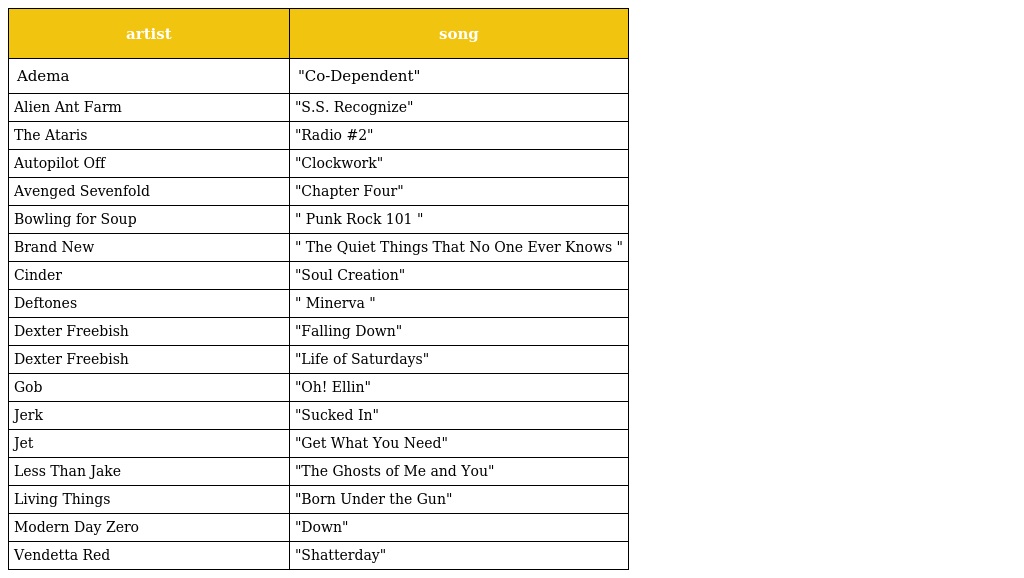
| artist | song |
 | --- | --- |
 | Adema | "Co-Dependent" |
 | Alien Ant Farm | "S.S. Recognize" |
 | The Ataris | "Radio #2" |
 | Autopilot Off | "Clockwork" |
 | Avenged Sevenfold | "Chapter Four" |
 | Bowling for Soup | " Punk Rock 101 " |
 | Brand New | " The Quiet Things That No One Ever Knows " |
 | Cinder | "Soul Creation" |
 | Deftones | " Minerva " |
 | Dexter Freebish | "Falling Down" |
 | Dexter Freebish | "Life of Saturdays" |
 | Gob | "Oh! Ellin" |
 | Jerk | "Sucked In" |
 | Jet | "Get What You Need" |
 | Less Than Jake | "The Ghosts of Me and You" |
 | Living Things | "Born Under the Gun" |
 | Modern Day Zero | "Down" |
 | Vendetta Red | "Shatterday" |